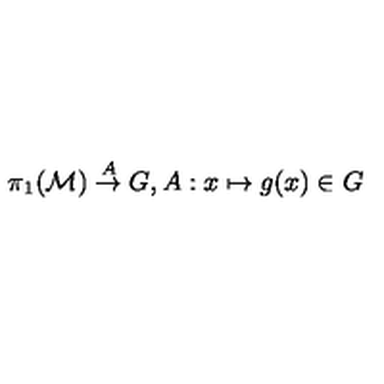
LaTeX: \pi _ { 1 } ( { \cal M } ) \stackrel { A } { \rightarrow } G , A : x \mapsto g ( x ) \in G